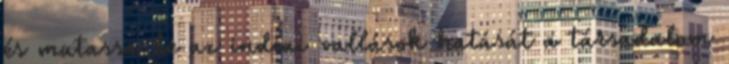
és mutassa be az indiai vallások hatását a társadalom